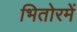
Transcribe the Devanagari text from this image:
भितोरमें